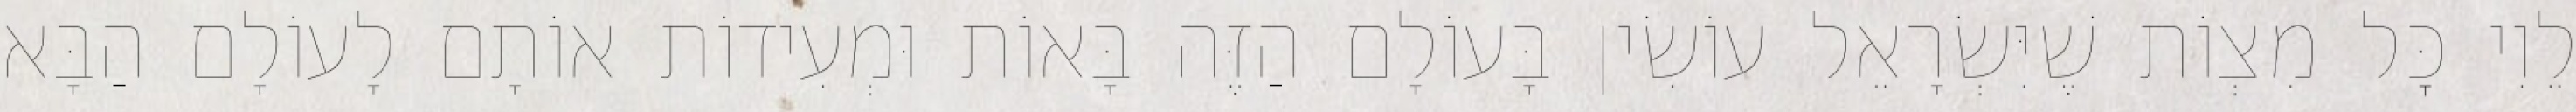
לֵוִי כׇּל מִצְוֹת שֶׁיִּשְׂרָאֵל עוֹשִׂין בָּעוֹלָם הַזֶּה בָּאוֹת וּמְעִידוֹת אוֹתָם לָעוֹלָם הַבָּא